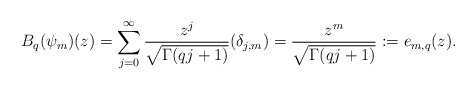
\begin{align*}B_q(\psi_m)(z)=\sum_{j=0}^{\infty}\frac{z^j}{\sqrt{\Gamma(qj+1)}}(\delta_{j,m})=\frac{z^m}{\sqrt{\Gamma(qj+1)}} := e_{m,q}(z). \end{align*}